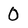
Character: 0